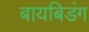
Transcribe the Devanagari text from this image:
बायबिडंग